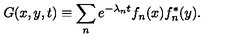
G ( x , y , t ) \equiv \sum _ { n } e ^ { - \lambda _ { n } t } f _ { n } ( x ) f _ { n } ^ { * } ( y ) .